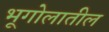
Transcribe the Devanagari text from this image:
भूगोलातील